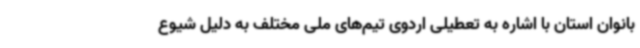
بانوان استان با اشاره به تعطیلی اردوی تیم‌های ملی مختلف به دلیل شیوع